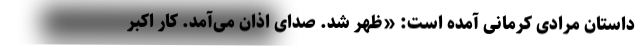
داستان مرادی کرمانی آمده است: «ظهر شد. صدای اذان می‌آمد. کار اکبر